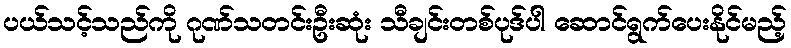
ပယ်သင့်သည်ကို ဂုဏ်သတင်းဦးဆုံး သီချင်းတစ်ပုဒ်ပါ ဆောင်ရွက်ပေးနိုင်မည့်